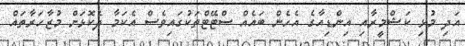
އަދި މުޅި ކަޝްމީރާއި އިންޑިއާގެ އެހެން ބައެއް ސްޓޭޓްތަކުގައިވެސް އެކަމާ ދެކޮޅަށް މުޒާހަރާތައް